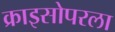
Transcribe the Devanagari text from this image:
क्राइसोपरला